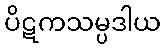
ပိဋကသမ္ပဒါယ